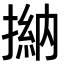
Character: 㨥